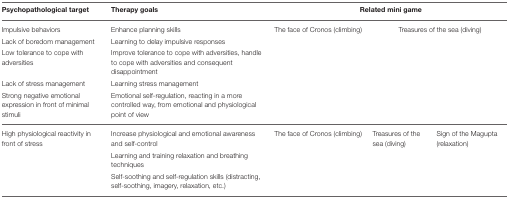
| Psychopathological target | Therapy goals | <COLSPAN=3> Related mini game |
 | --- | --- | --- | --- | --- |
 | Impulsive behaviors | Enhance planning skills | The face of Cronos (climbing) | <COLSPAN=2> Treasures of the sea (diving) |
 | Lack of boredom management | Learning to delay impulsive responses |  |  |  |
 | Low tolerance to cope with adversities | Improve tolerance to cope with adversities, handle to cope with adversities and consequent disappointment |  |  |  |
 | Lack of stress management | Learning stress management |  |  |  |
 | Strong negative emotional expression in front of minimal stimuli | Emotional self-regulation, reacting in a more controlled way, from emotional and physiological point of view |  |  |  |
 | High physiological reactivity in front of stress | Increase physiological and emotional awareness and self-control | The face of Cronos (climbing) | Treasures of the sea (diving) | Sign of the Magupta (relaxation) |
 |  | Learning and training relaxation and breathing techniques |  |  |  |
 |  | Self-soothing and self-regulation skills (distracting, self-soothing, imagery, relaxation, etc.) |  |  |  |